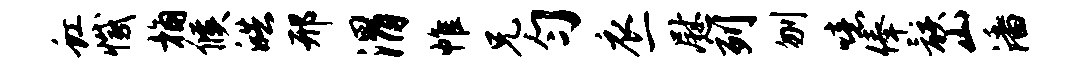
虹撼桷候皓邢渭帷兄匀衣一慰列刎噫俸骸山潘